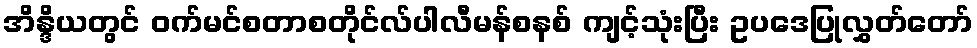
အိန္ဒိယတွင် ဝက်မင်စတာစတိုင်လ်ပါလီမန်စနစ် ကျင့်သုံးပြီး ဥပဒေပြုလွှတ်တော်